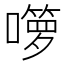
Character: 𱕌